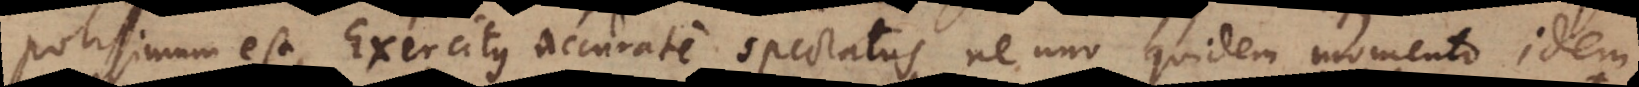
potissimum est, Exercitus accurate spectatus ne uno quidem momento idem